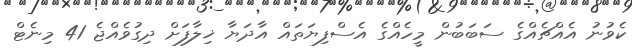
ކެވުނު އެއްޗެއްގެ ސަބަބުން މީހެއްގެ އެސްފިޔަތައް އާދަޔާ ޚިލާފަށް ދިގުވެއްޖެ 41 މިނެޓް